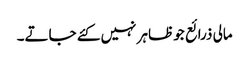
مالی ذرائع جو ظاہر نہیں کئے جاتے۔